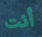
أنت